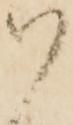
ハ